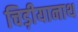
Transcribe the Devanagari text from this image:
चिड़ीयानाथ